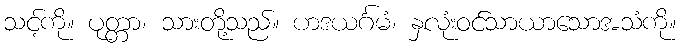
သင့်ကို။ ပုတ္တာ၊ သားတို့သည်။ ဟဒယင်္ဂမံ၊ နှလုံးဝင်သာယာသောအသံကို။